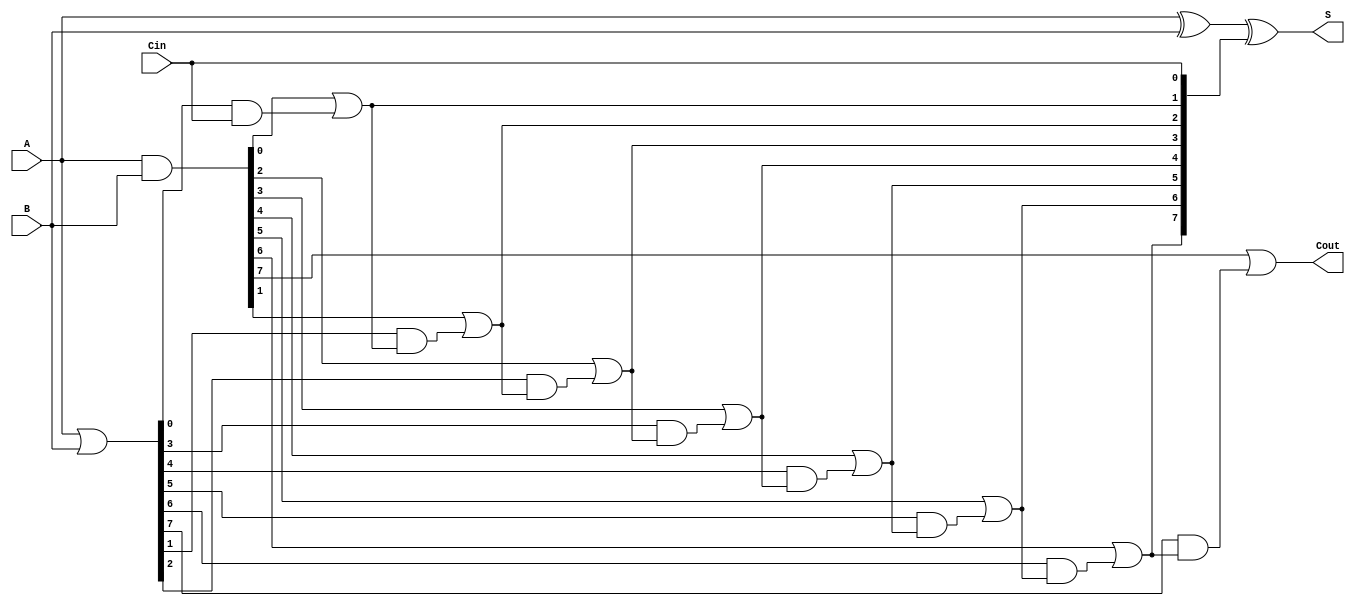
module VLCLA #(parameter N = 8) (
    input  wire [N-1:0] A,      // First n-bit input
    input  wire [N-1:0] B,      // Second n-bit input
    input  wire Cin,             // Carry-in
    output wire [N-1:0] S,       // n-bit sum output
    output wire Cout             // Carry-out
);

    // Generate and propagate signals
    wire [N-1:0] G; // Generate signals
    wire [N-1:0] P; // Propagate signals
    wire [N:0] C;   // Carry signals

    // Generate and propagate logic
    assign G = A & B;              // Gi = Ai AND Bi
    assign P = A | B;              // Pi = Ai OR Bi

    // Carry calculation
    assign C[0] = Cin;             // C0 = Cin

    genvar i;
    generate
        for (i = 0; i < N; i = i + 1) begin : carry_calc
            if (i == 0) begin
                assign C[i + 1] = G[i] | (P[i] & C[i]); // C1 = G0 OR (P0 AND C0)
            end else begin
                assign C[i + 1] = G[i] | (P[i] & C[i]); // Ci+1 = Gi OR (Pi AND Ci)
            end
        end
    endgenerate

    // Sum calculation
    assign S = A ^ B ^ C[N-1:0]; // Si = Ai XOR Bi XOR Ci

    // Carry-out
    assign Cout = C[N];           // Cout = Cn

endmodule